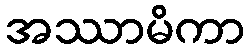
အဿာမိကာ